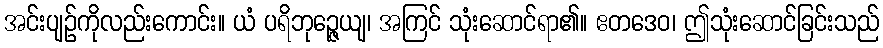
အင်းပျဉ်ကိုလည်းကောင်း။ ယံ ပရိဘုဉ္ဇေယျ၊ အကြင် သုံးဆောင်ရာ၏။ ဧတဒေဝ၊ ဤသုံးဆောင်ခြင်းသည်